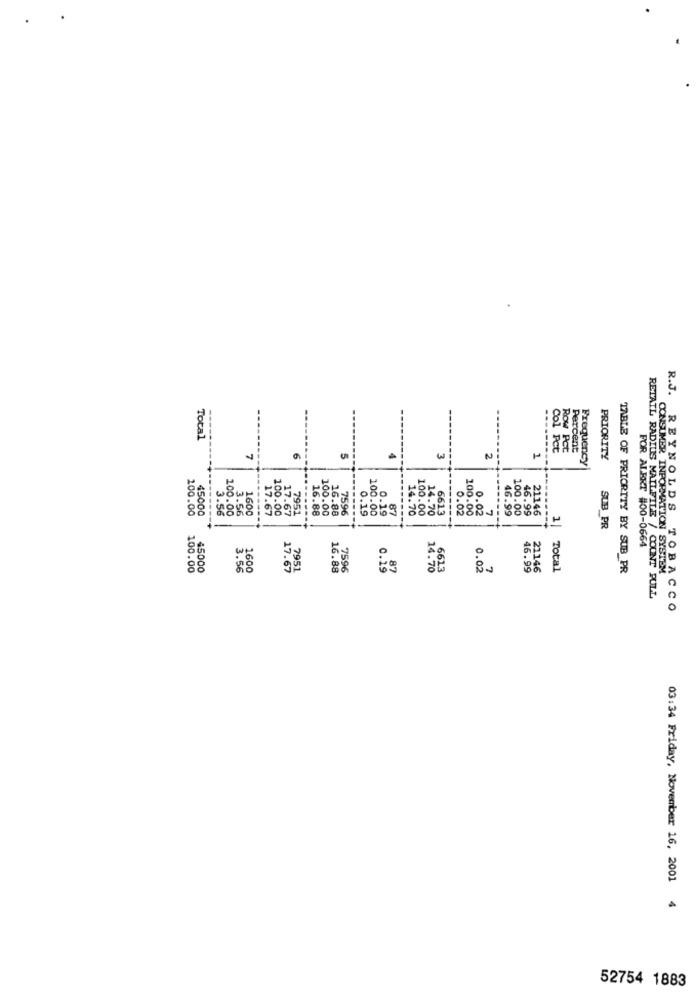
R.J.
882
Total
Percent
6
2
Frequency
PRIORITY
O.
100.00
45000
3.56
100.00
3.56
1600
-----
17.67
100.00
16.88
100.00
16.88
7596
0.19
100.00
87
14.70
100.00
14.70
6613
------
0.02
100.00
0.02
.7
----
46.99
100.00
46.99
21146
17.67
7951
------
1
SUB PR
FOR ALERT #00-0664
100.00
45000
3.56
1600
17.67
7951
16.88
7596
0.15
14.70
6613
0.02
7
46.99
21146
Total
TABLE OF PRIORITY BY SUB PR
CONSUMER INFORMATION SYSTEM
RETAIL RADIUS MAILFILE / COUNT PULL
REYNOLDS TOBACCO
03:34 Friday, November 16, 2001 4
52754 1883